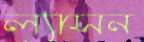
ল্যাসন